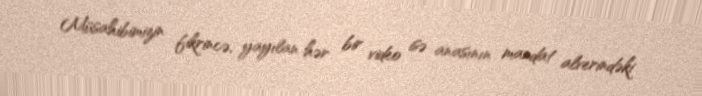
Müsahibimizin fikrincə, yayılan hər bir video isə anasının mandat alverindəki